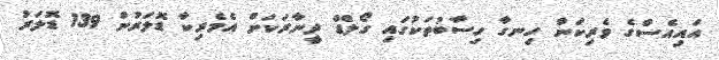
އައިއެސްގެ ވެރިކަން ހިނގާ ހިސާބުތަކުގައި ގޯލްޑް ދީނާރަކަށް އެމެރިކާ ޑޮލަރުން 139 ޑޮލަރު